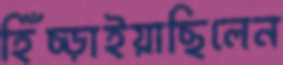
হিঁচ্‌ড়াইয়াছিলেন